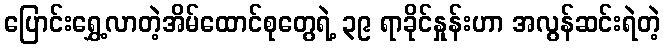
ပြောင်းရွှေ့လာတဲ့အိမ်ထောင်စုတွေရဲ့ ၃၉ ရာခိုင်နှုန်းဟာ အလွန်ဆင်းရဲတဲ့